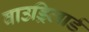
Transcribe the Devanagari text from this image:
वाउड्रिलार्ड